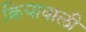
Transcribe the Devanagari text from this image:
क्रियावाली